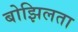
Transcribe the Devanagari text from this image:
बोझिलता